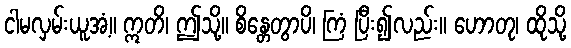
ငါမလှမ်းယူအံ့။ ဣတိ၊ ဤသို့။ စိန္တေတွာပိ၊ ကြံ ပြီး၍လည်း။ ဟောတု၊ ထိုသို့